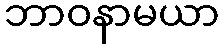
ဘာဝနာမယာ